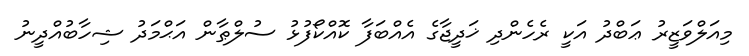
މިއަލްވަޒީރު ޢަބްދު އަކީ ރެހެންދި ޚަދީޖާގެ އެއްބަފާ ކޮއްކޯފުޅު ސުލްޠާން އަޙްމަދު ޝިހާބުއްދީނު